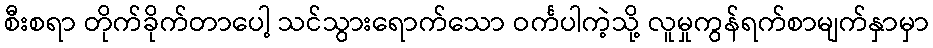
စီးစရာ တိုက်ခိုက်တာပေါ့ သင်သွားရောက်သော ဝင်္ကပါကဲ့သို့ လူမှုကွန်ရက်စာမျက်နှာမှာ